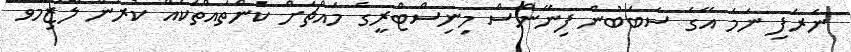
ނެރެފި ނަމަ އޭގެ ސަބަބުން ފިނޭންސް މިނިސްޓްރީގެ މައްޗަށް ކަންތައްތަކެއް ކުރުން ލާޒިމްވާ